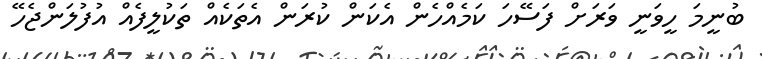
ބުނީމަ ހީވަނީ ވަރަށް ފަސޭހަ ކަމެއްހެން އެކަން ކުރަން އެތަކެއް ތަކުލީފެއް އުފުލަންޖެހޭ